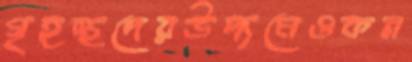
গৃহস্থদেরউদ্যমেওকন